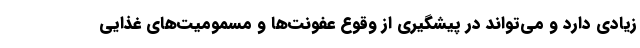
زیادی دارد و می‌تواند در پیشگیری از وقوع عفونت‌ها و مسمومیت‌های غذایی